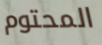
المحتوم